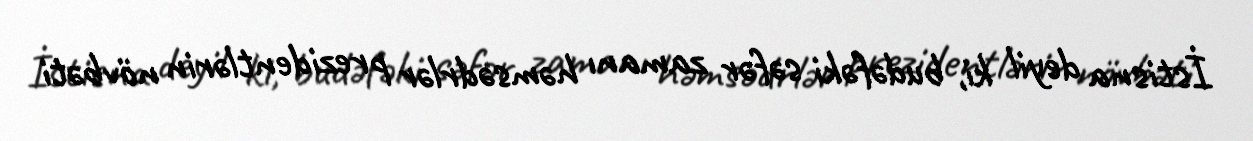
İstisna deyil ki, budəfəki səfər zamanı həmsədrlər prezidentlərin növbəti